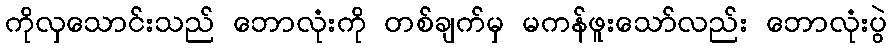
ကိုလှသောင်းသည် ဘောလုံးကို တစ်ချက်မှ မကန်ဖူးသော်လည်း ဘောလုံးပွဲ